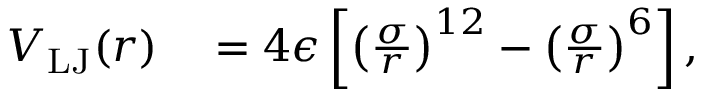
\begin{array} { r l } { V _ { \mathrm { L J } } ( r ) } & { { } = 4 \epsilon \left[ \left( \frac { \sigma } { r } \right) ^ { 1 2 } - \left( \frac { \sigma } { r } \right) ^ { 6 } \right] , } \end{array}